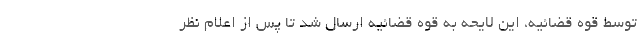
توسط قوه قضائیه، این لایحه به قوه قضائیه ارسال شد تا پس از اعلام نظر